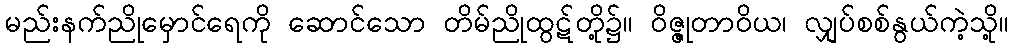
မည်းနက်ညိုမှောင်ရေကို ဆောင်သော တိမ်ညိုထွဋ်တို့၌။ ဝိဇ္ဇုတာဝိယ၊ လျှပ်စစ်နွယ်ကဲ့သို့။